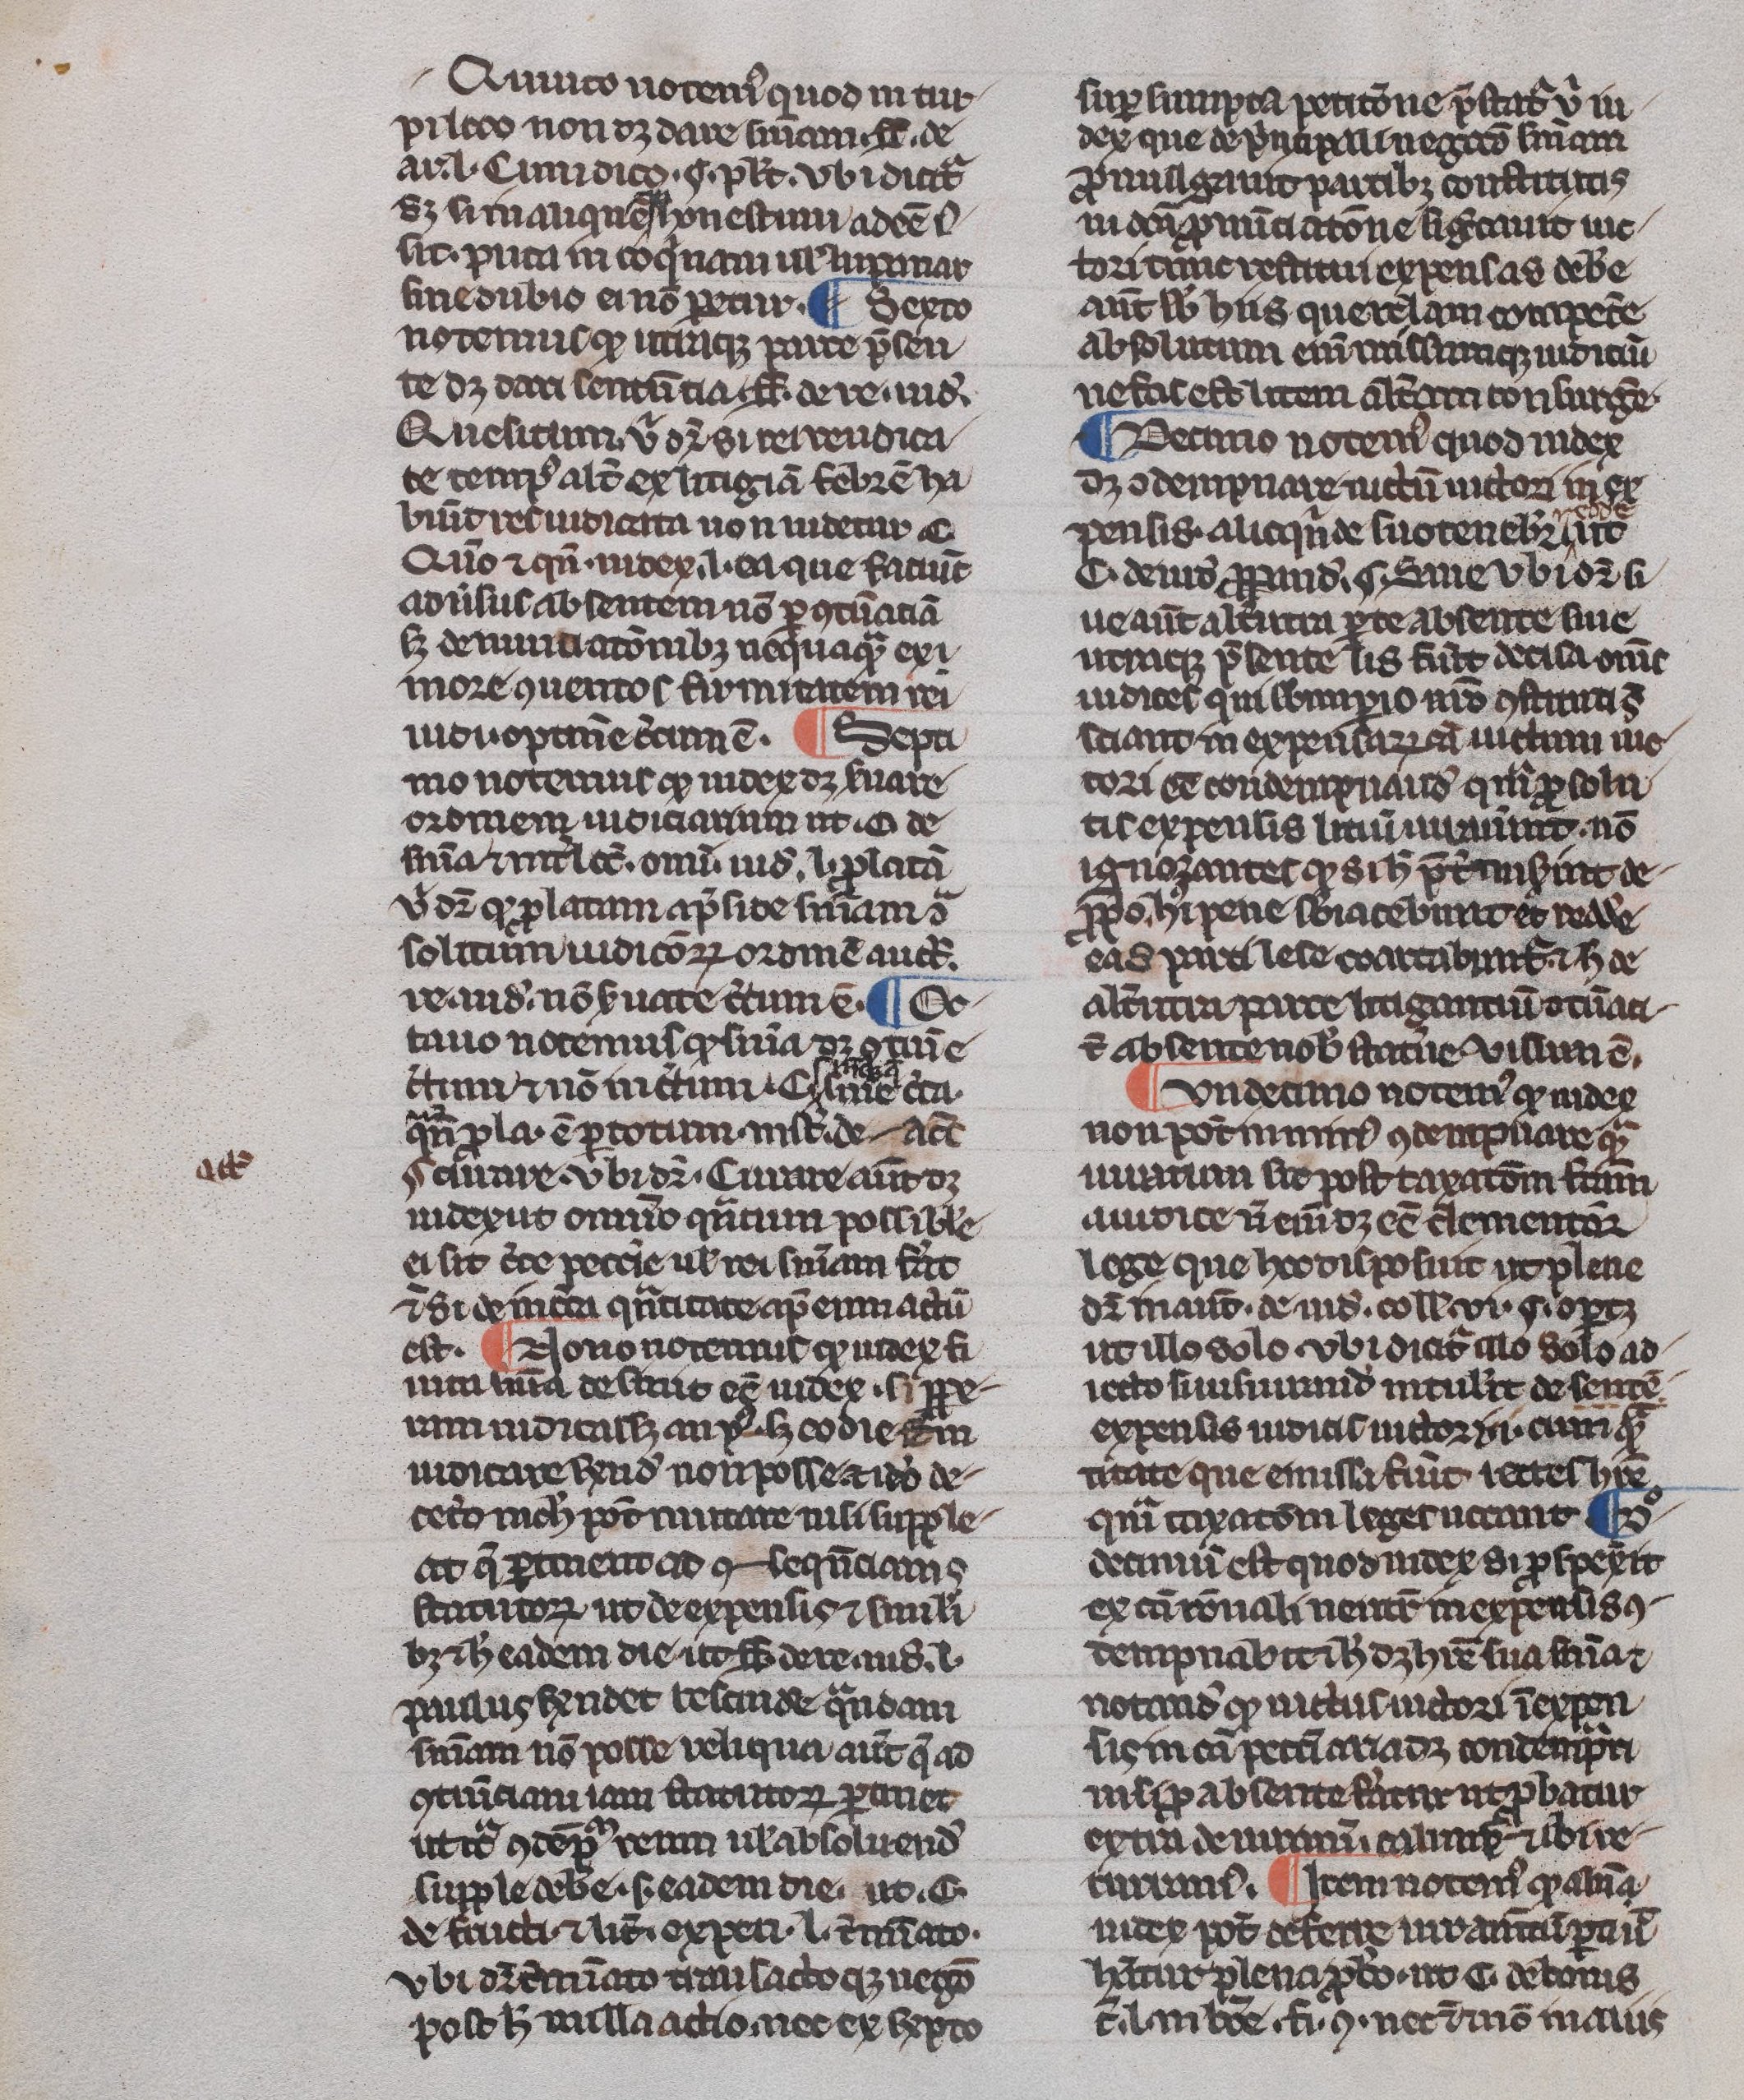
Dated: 1300–1330